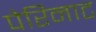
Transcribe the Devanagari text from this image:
पेरिनाट